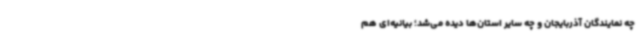
چه نمایندگان آذربایجان و چه سایر استان‌ها دیده می‌شد؛ بیانیه‌ای هم